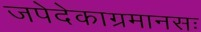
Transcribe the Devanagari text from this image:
जपेदेकाग्रमानसः